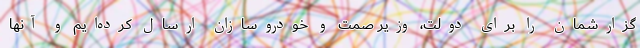
گزارشمان را برای دولت، وزیر صمت و خودروسازان ارسال کرده‌ایم و آنها